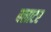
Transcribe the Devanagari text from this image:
वलाटर